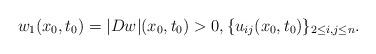
LaTeX: \begin{align*}w_1(x_0, t_0) = |D w|(x_0, t_0) >0, \{ u_{ij}(x_0, t_0) \}_{2 \leq i, j \leq n} .\end{align*}